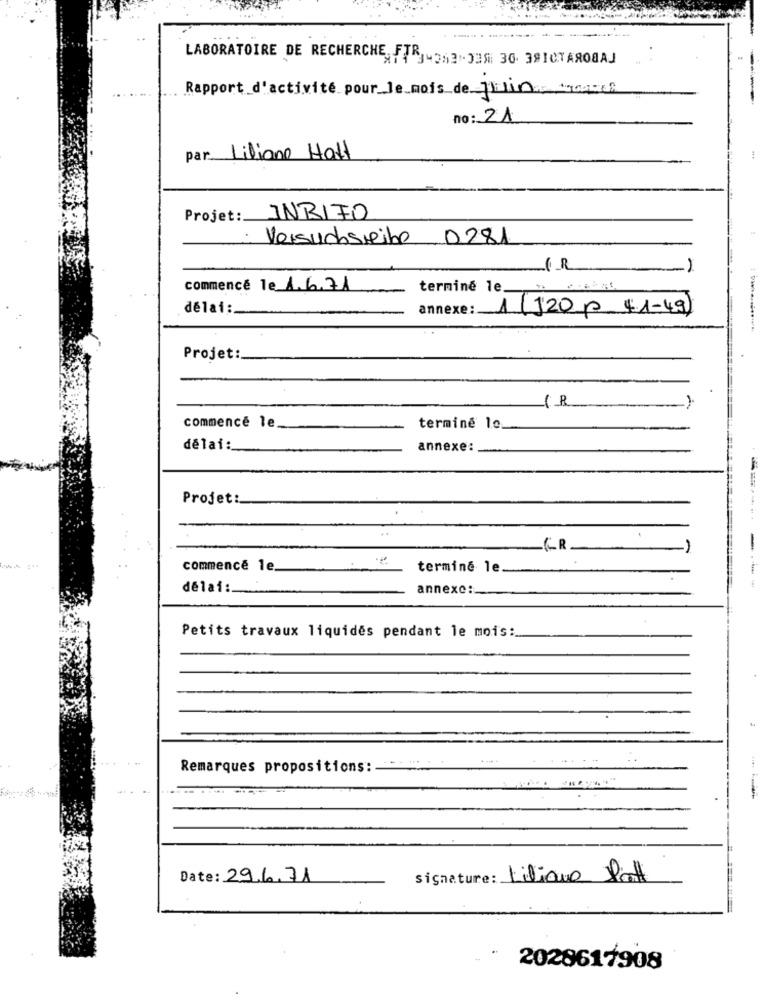
LABORATOIRE DE RECHERCHE, FTRJ 3,3 .. 338; 30. 391CTAR08AJ
Rapport d'activité pour le mois de Juin trosce
no: 21
par Liliane Hatt
Projet: INBIFO
Versuchsreibe 0281
commencé le 1.6.71
terminé le.
délai :
annexe:
1 (120 p 41-49)
Projet:
1 8
commencé le
terminé lo
délai :_
annexe:
Projet:
CR
commence le
terminé le.
délai :__
annexe:
Petits travaux liquides pendant le mois:
.......
Remarques propositions:
Date: 29.6.71
signature: Liliane Patt
2028617908